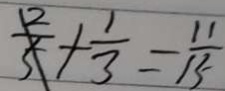
\frac { 1 2 } { 5 } + \frac { 1 } { 3 } = \frac { 1 1 } { 1 5 }